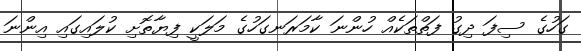
ގަހުގެ ސިފަ ދިގު ފަތްތަކެއް ހުންނަ ކާމަރަނގަހުގެ މަލަކީ ފިޔާތޮށި ކުލައިގައި އިންނަ